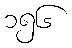
၁၅၆